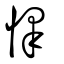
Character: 懌